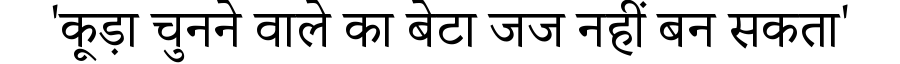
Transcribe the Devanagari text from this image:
'कूड़ा चुनने वाले का बेटा जज नहीं बन सकता'